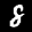
Label: 8